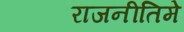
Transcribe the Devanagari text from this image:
राजनीतिमे